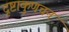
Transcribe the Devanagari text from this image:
दृष्टाकुणचन